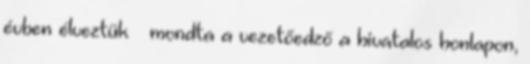
évben élveztük – mondta a vezetőedző a hivatalos honlapon,